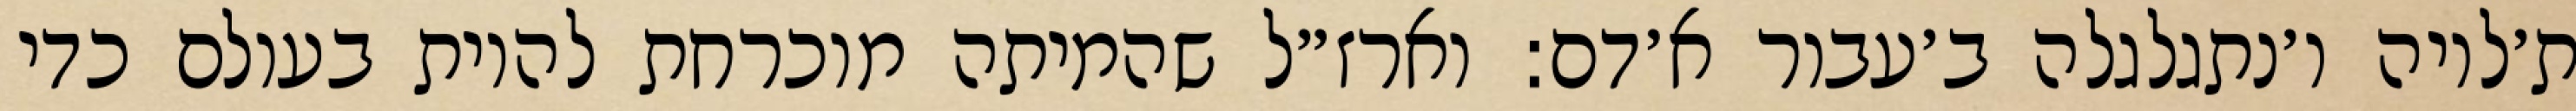
ת׳לויה ו׳נתגלגלה ב׳עבור א׳דם: וארז״ל שהמיתה מוכרחת להיות בעולם כדי